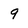
Character: 9